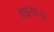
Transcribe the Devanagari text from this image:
वाइनग्रेप्स